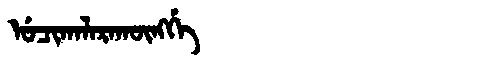
Manchu: ᡠᠴᡳᡴᠠᠯᠠᡵᠠᡴᡡᠩᡤᡝ
Romanization: UCIKALARAKŪNGGE